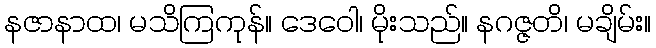
နဇာနာထ၊ မသိကြကုန်။ ဒေဝေါ၊ မိုးသည်။ နဂဇ္ဇတိ၊ မချိမ်း။